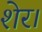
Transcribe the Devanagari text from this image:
शेर।